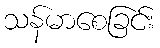
သန်မာစေခြင်း